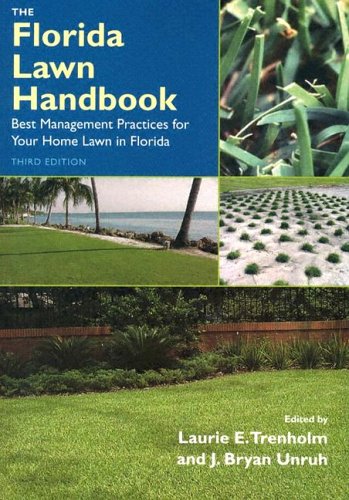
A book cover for The Florida Lawn Handbook: Best Management Practices for Your Home Lawn in Florida; Laurie E. Trenholm; Crafts, Hobbies & Home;